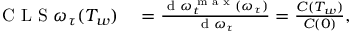
\begin{array} { r l } { \mathrm { ~ C ~ L ~ S ~ } \omega _ { \tau } ( T _ { w } ) } & { { } = \frac { \textrm { d } \omega _ { t } ^ { \textrm { m a x } } ( \omega _ { \tau } ) } { \textrm { d } \omega _ { \tau } } = \frac { C ( T _ { w } ) } { C ( 0 ) } , } \end{array}